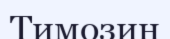
Тимозин